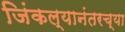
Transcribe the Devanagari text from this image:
जिंकल्यानंतरच्या